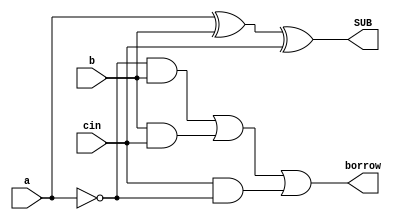
module full_subtractor (a,b,cin,SUB,borrow);
    input a,b,cin;
    output SUB, borrow;
    assign SUB=a^b^cin;
    assign borrow=((~a) & b) | (b & cin) | (cin & (~a));
endmodule